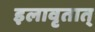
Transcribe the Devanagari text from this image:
इलावृतात्